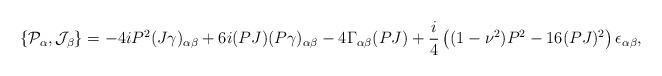
LaTeX: \begin{align*}\{{\cal P}_\alpha,{\cal J}_\beta\}=-4iP^2(J\gamma)_{\alpha\beta}+6i(PJ)(P\gamma)_{\alpha\beta}-4\Gamma_{\alpha\beta}(PJ)+\frac{i}{4}\left((1-\nu^2)P^2-16(PJ)^2\right)\epsilon_{\alpha\beta},\end{align*}